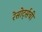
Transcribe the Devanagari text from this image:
रेसोर्ट्सची